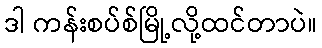
ဒါ ကန်းစပ်စ်မြို့လို့ထင်တာပဲ။